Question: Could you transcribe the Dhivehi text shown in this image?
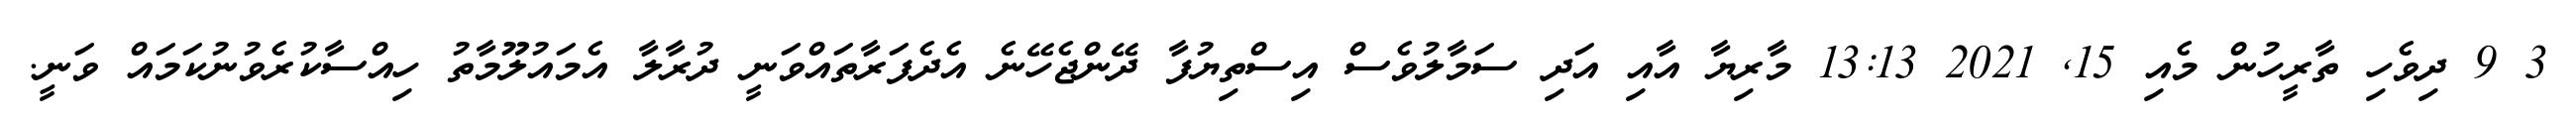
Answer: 3 9 ދިވެހި ތާރީހުން މެއި 15, 2021 13:13 މާރިޔާ އާއި އަދި ސަމާލުވެސް އިސްތިޔުފާ ދޭންޖެހޭނެ އެދެފަރާތައްވަނީ ދުރާލާ އެމައުލޫމާތު ހިއްސާކުރެވުނުކަމައް ވަނީ.